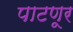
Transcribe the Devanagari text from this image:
पाटणूर